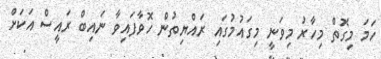
ހަމަ މިގޮތް މިހާރު މިވަނީ މިގައުމުގައި ރައްޔިތުން ހޮވާފައިވާ ނައިބް ރައީސް އަކަށް